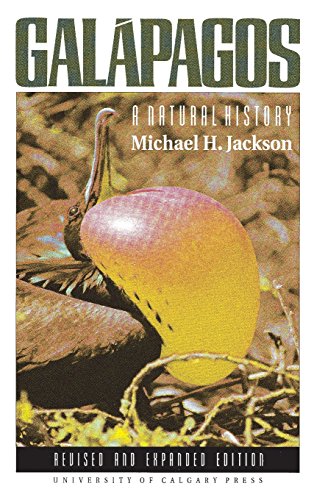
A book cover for Galapagos: A Natural History Guide; Michael H. Jackson; Travel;